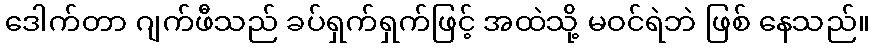
ဒေါက်တာ ဂျက်ဖီသည် ခပ်ရှက်ရှက်ဖြင့် အထဲသို့ မဝင်ရဲဘဲ ဖြစ် နေသည်။